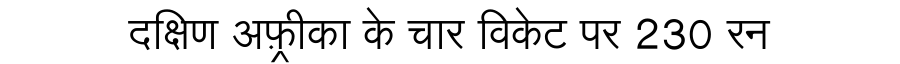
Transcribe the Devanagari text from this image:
दक्षिण अफ़्रीका के चार विकेट पर 230 रन